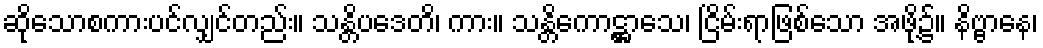
ဆိုသောစကားပင်လျှင်တည်း။ သန္တိပဒေတိ၊ ကား။ သန္တိကောဋ္ဌာသေ၊ ငြိမ်းရာဖြစ်သော အဖို့၌။ နိဗ္ဗာနေ၊